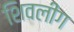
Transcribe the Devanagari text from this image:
शिवलींग